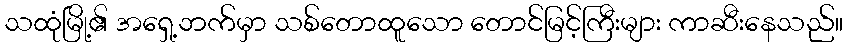
သထုံမြို့၏ အရှေ့ဘက်မှာ သစ်တောထူသော တောင်မြင့်ကြီးများ ကာဆီးနေသည်။